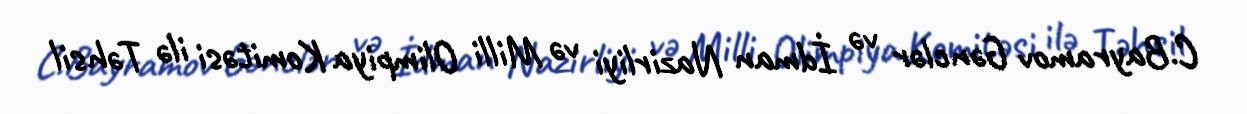
C.Bayramov Gənclər və İdman Nazirliyi və Milli Olimpiya Komitəsi ilə Təhsil